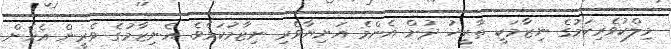
މިލްކުވެރިކަމުގެ ނިޒާމަކީ ތާރީޚު ދުށް އެންމެ އަނިޔާވެރި ނިޒާމުކަމެވެ. އެނިޒާމުގެ ވެރީން އެހެން